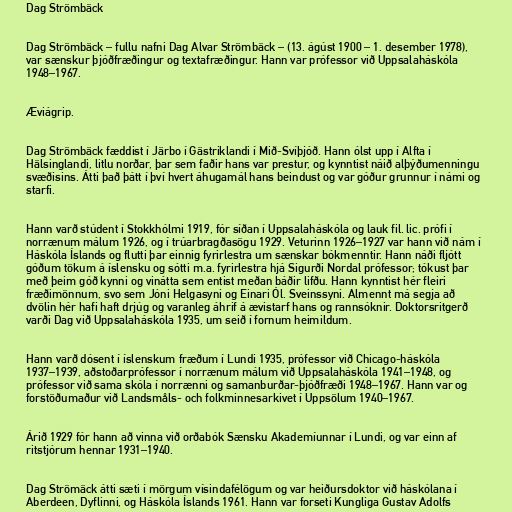
Dag Strömbäck

Dag Strömbäck – fullu nafni Dag Alvar Strömbäck – (13. ágúst 1900 – 1. desember 1978),
var sænskur þjóðfræðingur og textafræðingur. Hann var prófessor við Uppsalaháskóla
1948–1967.

Æviágrip.

Dag Strömbäck fæddist í Järbo í Gästriklandi í Mið-Svíþjóð. Hann ólst upp í Alfta í
Hälsinglandi, litlu norðar, þar sem faðir hans var prestur, og kynntist náið alþýðumenningu
svæðisins. Átti það þátt í því hvert áhugamál hans beindust og var góður grunnur í námi og
starfi.

Hann varð stúdent í Stokkhólmi 1919, fór síðan í Uppsalaháskóla og lauk fil. lic. prófi í
norrænum málum 1926, og í trúarbragðasögu 1929. Veturinn 1926–1927 var hann við nám í
Háskóla Íslands og flutti þar einnig fyrirlestra um sænskar bókmenntir. Hann náði fljótt
góðum tökum á íslensku og sótti m.a. fyrirlestra hjá Sigurði Nordal prófessor; tókust þar
með þeim góð kynni og vinátta sem entist meðan báðir lifðu. Hann kynntist hér fleiri
fræðimönnum, svo sem Jóni Helgasyni og Einari Ól. Sveinssyni. Almennt má segja að
dvölin hér hafi haft drjúg og varanleg áhrif á ævistarf hans og rannsóknir. Doktorsritgerð
varði Dag við Uppsalaháskóla 1935, um seið í fornum heimildum.

Hann varð dósent í íslenskum fræðum í Lundi 1935, prófessor við Chicago-háskóla
1937–1939, aðstoðarprófessor í norrænum málum við Uppsalaháskóla 1941–1948, og
prófessor við sama skóla í norrænni og samanburðar-þjóðfræði 1948–1967. Hann var og
forstöðumaður við Landsmåls- och folkminnesarkivet í Uppsölum 1940–1967.

Árið 1929 fór hann að vinna við orðabók Sænsku Akademíunnar í Lundi, og var einn af
ritstjórum hennar 1931–1940.

Dag Strömäck átti sæti í mörgum vísindafélögum og var heiðursdoktor við háskólana í
Aberdeen, Dyflinni, og Háskóla Íslands 1961. Hann var forseti Kungliga Gustav Adolfs